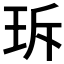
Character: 𤤐